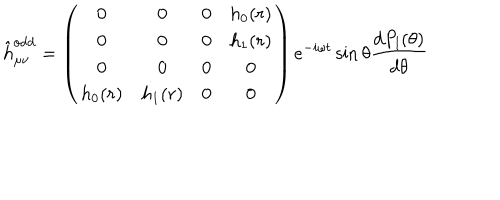
\hat { h } _ { \mu \nu } ^ { \mathrm { o d d } } = \left( \begin{array} { c c c c } { { 0 } } & { { 0 } } & { { 0 } } & { { h _ { 0 } ( r ) } } \\ { { 0 } } & { { 0 } } & { { 0 } } & { { h _ { 1 } ( r ) } } \\ { { 0 } } & { { 0 } } & { { 0 } } & { { 0 } } \\ { { h _ { 0 } ( r ) } } & { { h _ { 1 } ( r ) } } & { { 0 } } & { { 0 } } \\ \end{array} \right) e ^ { - i \omega t } \sin \theta { \frac { d P _ { l } ( \theta ) } { d \theta } }